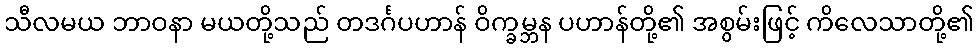
သီလမယ ဘာဝနာ မယတို့သည် တဒင်္ဂပဟာန် ဝိက္ခမ္ဘန ပဟာန်တို့၏ အစွမ်းဖြင့် ကိလေသာတို့၏